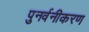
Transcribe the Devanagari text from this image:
पुनर्वनीकरण